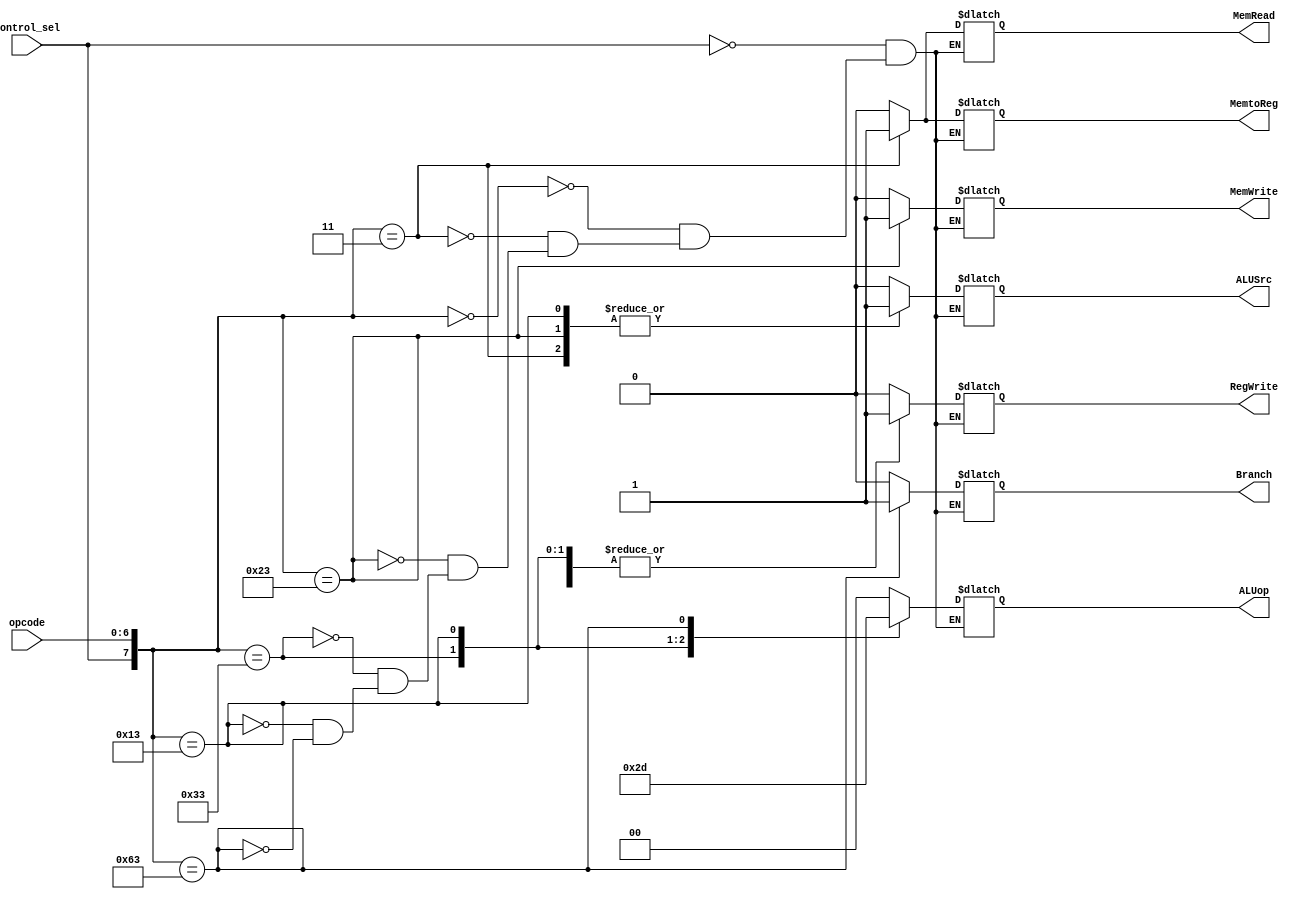
`timescale 1ns / 1ps
//////////////////////////////////////////////////////////////////////////////////
// Company: 
// Engineer: 
// 
// Design Name: 
// Module Name: control_path
// Project Name: 
// Target Devices: 
// Tool Versions: 
// Description: 
// 
// Dependencies: 
// 
// Revision:
// Revision 0.01 - File Created
// Additional Comments:
// 
//////////////////////////////////////////////////////////////////////////////////


module control_path(input [6:0] opcode, //opcode instruct
                    input control_sel, //semnal provenit din unitatea de detectie hazard
                    output reg MemRead,MemtoReg,MemWrite,RegWrite,Branch,ALUSrc, //semnale control
                    output reg [1:0] ALUop); //semnal control ALU

//always @(posedge control_sel) begin
//    MemRead = 0;
//    MemtoReg = 0;
//    MemWrite = 0;
//    RegWrite = 0;
//    Branch = 0;
//    ALUSrc = 0;
//    ALUop[1:0] = 0;
//end

always@(opcode,control_sel) begin
    casex({control_sel,opcode})
      8'b1xxxxxxx: {ALUSrc,MemtoReg,RegWrite,MemRead,MemWrite,Branch,ALUop} <= 8'b00000000; //nop from hazard unit
      8'b00000000: {ALUSrc,MemtoReg,RegWrite,MemRead,MemWrite,Branch,ALUop} <= 8'b00000000; //nop from ISA
      8'b00000011: {ALUSrc,MemtoReg,RegWrite,MemRead,MemWrite,Branch,ALUop} <= 8'b11110000; //lw
      8'b00100011: {ALUSrc,MemtoReg,RegWrite,MemRead,MemWrite,Branch,ALUop} <= 8'b10001000; //sw
      8'b00110011: {ALUSrc,MemtoReg,RegWrite,MemRead,MemWrite,Branch,ALUop} <= 8'b00100010; //R32-format
      8'b00010011: {ALUSrc,MemtoReg,RegWrite,MemRead,MemWrite,Branch,ALUop} <= 8'b10100011; //Register32-Immediate Arithmetic Instructions
      8'b01100011: {ALUSrc,MemtoReg,RegWrite,MemRead,MemWrite,Branch,ALUop} <= 8'b00000101; //branch instructions
    endcase
  end
  
endmodule